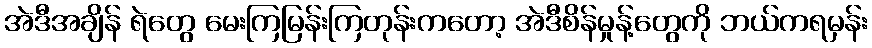
အဲဒီအချိန် ရဲတွေ မေးကြမြန်းကြတုန်းကတော့ အဲဒီစိန်မှုန့်တွေကို ဘယ်ကရမှန်း